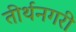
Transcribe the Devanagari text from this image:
तीर्थनगरी